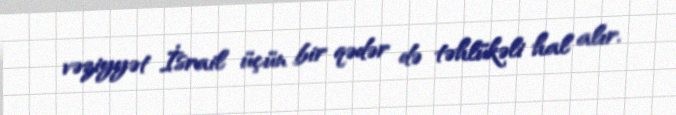
vəziyyət İsrail üçün bir qədər də təhlükəli hal alır.